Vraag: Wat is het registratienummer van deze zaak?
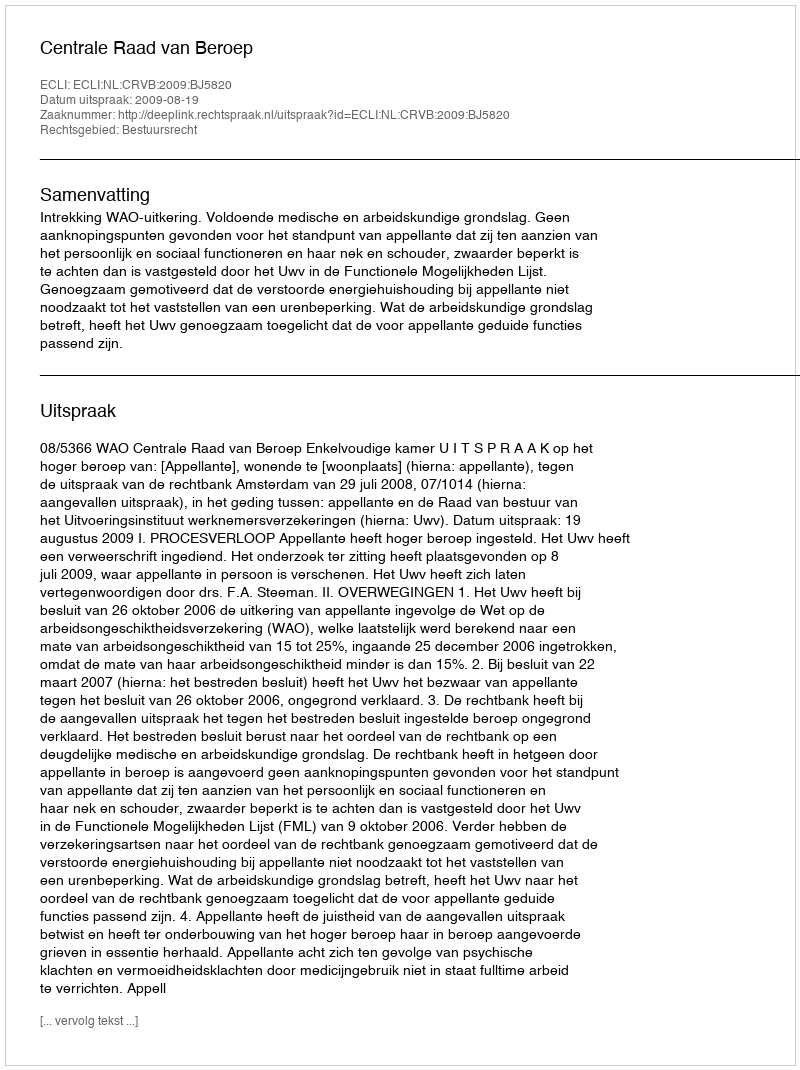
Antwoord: http://deeplink.rechtspraak.nl/uitspraak?id=ECLI:NL:CRVB:2009:BJ5820